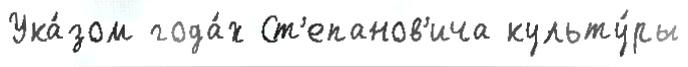
Ука́зом года́х Ст'епанов'ича культу́ры